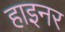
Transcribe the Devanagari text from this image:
हाइनर